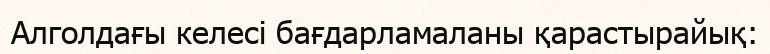
Алголдағы келесі бағдарламаланы қарастырайық: